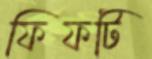
ফিফটি